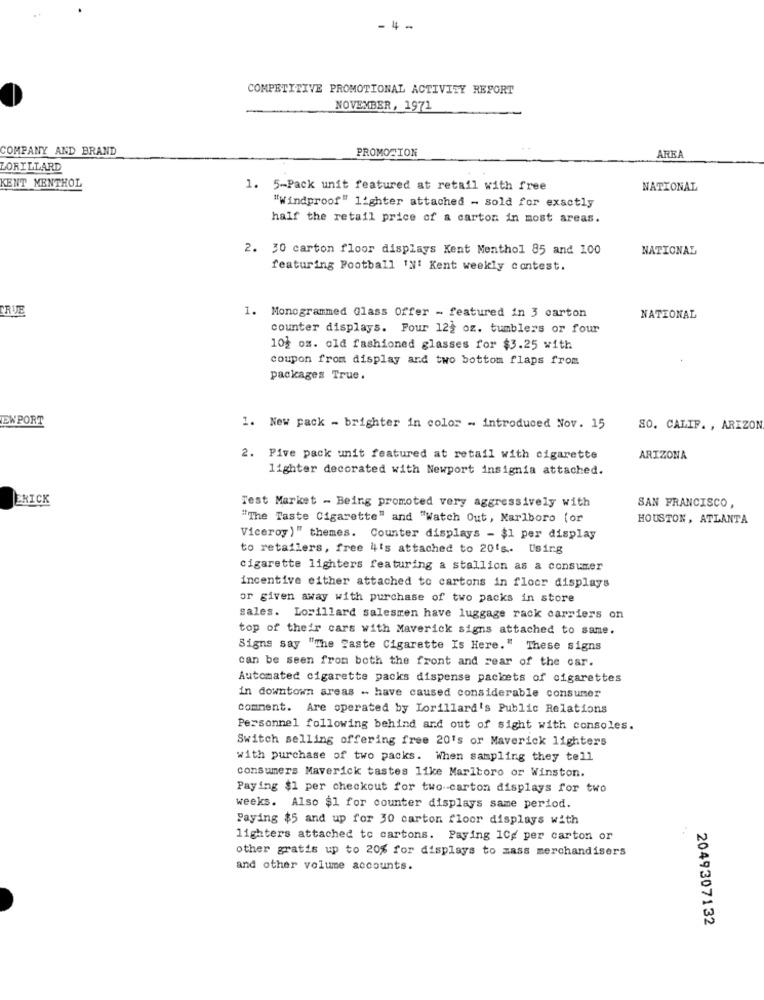
-4-
COMPETITIVE PROMOTIONAL ACTIVITY REPORT
NOVEMBER, 1971
COMPANY AND BRAND
PROMOTION
ARBA
LORILLARD
KENT MENTHOL
1. 5-Pack unit featured at retail with free
NATIONAL
"Windproof" lighter attached - sold for exactly
half the retail price of a carton in most areas.
2. 30 carton floor displays Kent Menthol 85 and 100
NATIONAL
featuring Football 'N' Kent weekly contest.
CRUE
1. Monogrammed Glass Offer - featured in 3 carton
NATIONAL
counter displays. Four 122 oz. tumblers or four
10} os. old fashioned glasses for $3.25 with
coupon from display and two bottom flaps from
packages True.
EWPORT
1. New pack - brighter in color - introduced Nov. 15
SO. CALIF. , ARIZON
2. Five pack unit featured at retail with cigarette
ARIZONA
lighter decorated with Newport insignia attached.
ERICK
Test Market - Being promoted very aggressively with
SAN FRANCISCO,
"The Taste Cigarette" and "Watch Out, Marlboro for
HOUSTON, ATLANTA
Viceroy)" themes. Counter displays - $1 per display
to retailers, free 4's attached to 20's. Using
cigarette lighters featuring a stallion as a consumer
incentive either attached to cartons in floor displays
or given away with purchase of two packs in store
sales. Lorillard salesmen have luggage rack carriers on
top of their cars with Maverick signs attached to same.
Signs say "The Taste Cigarette Is Here." These signs
can be seen from both the front and rear of the car.
Automated cigarette packs dispense packets of cigarettes
in downtown areas - have caused considerable consumer
comment. Are operated by Lorillard's Public Relations
Personnel following behind and out of sight with consoles.
Switch selling offering free 20's or Maverick lighters
with purchase of two packs. When sampling they tell
consumers Maverick tastes like Marlboro or Winston.
Paying $1 per checkout for two carton displays for two
weeks. Also $1 for counter displays same period.
Paying $5 and up for 30 carton floor displays with
lighters attached to cartons. Paying 10g per carton or
other gratis up to 20% for displays to mass merchandisers
and other volume accounts.
2049307132